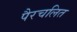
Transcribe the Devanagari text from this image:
पैरचलित